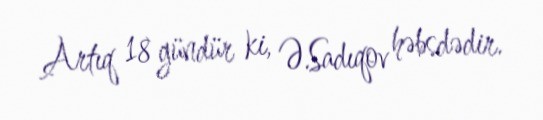
Artıq 18 gündür ki, Ə.Sadıqov həbsdədir.